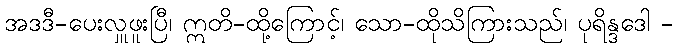
အဒဒီ-ပေးလှူဖူးပြီ၊ ဣတိ-ထို့ကြောင့်၊ သော-ထိုသိကြားသည်၊ ပုရိန္ဒဒေါ -